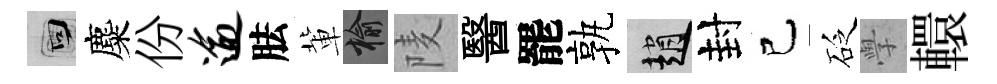
回麋份逾胠軰榆𨹧醫罷孰趙封己砭𭓕轘